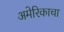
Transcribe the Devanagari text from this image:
अमेरिकाचा